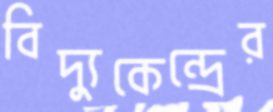
বিদ্যুকেন্দ্রের